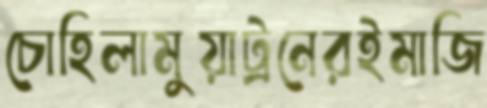
চোহিলামুয়াট্রনেরইমাজি